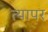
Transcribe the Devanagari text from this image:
त्यापर